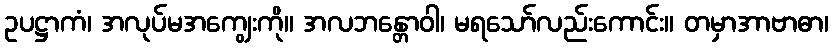
ဥပဋ္ဌာကံ၊ အလုပ်မအကျွေးကို။ အလဘန္တောဝါ၊ မရသော်လည်းကောင်း။ တမှာအာဗာဓာ၊